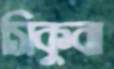
সিকুবা